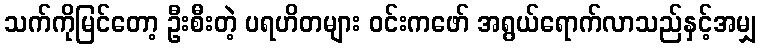
သက်ကိုမြင်တော့ ဦးစီးတဲ့ ပရဟိတများ ဝင်းကဖော် အရွယ်ရောက်လာသည်နှင့်အမျှ